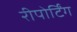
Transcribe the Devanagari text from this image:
रीपोर्टिंग